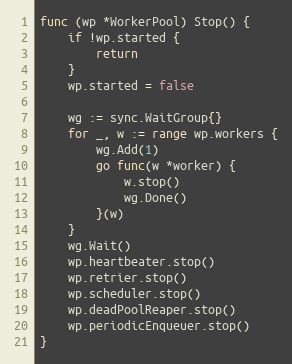
Language: Go
func (wp *WorkerPool) Stop() {
	if !wp.started {
		return
	}
	wp.started = false

	wg := sync.WaitGroup{}
	for _, w := range wp.workers {
		wg.Add(1)
		go func(w *worker) {
			w.stop()
			wg.Done()
		}(w)
	}
	wg.Wait()
	wp.heartbeater.stop()
	wp.retrier.stop()
	wp.scheduler.stop()
	wp.deadPoolReaper.stop()
	wp.periodicEnqueuer.stop()
}